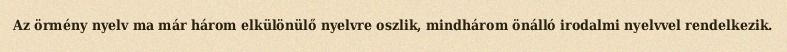
Az örmény nyelv ma már három elkülönülő nyelvre oszlik, mindhárom önálló irodalmi nyelvvel rendelkezik.